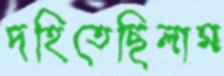
দহিতেছিলাম